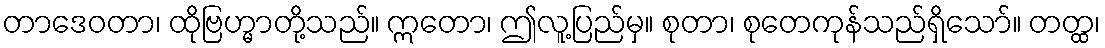
တာဒေဝတာ၊ ထိုဗြဟ္မာတို့သည်။ ဣတော၊ ဤလူ့ပြည်မှ။ စုတာ၊ စုတေကုန်သည်ရှိသော်။ တတ္ထ၊